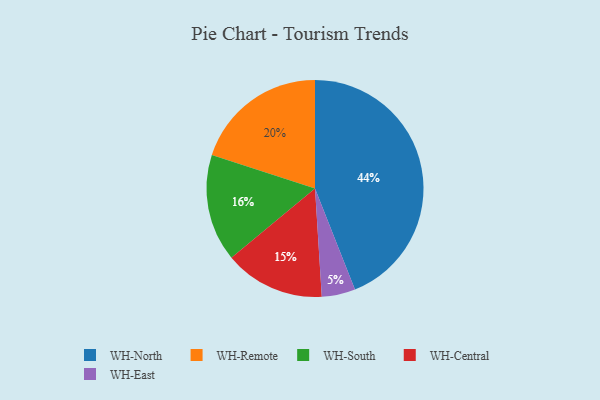
{"axis": {"x": "Category", "y": "Percentage"}, "legend": ["WH-Central", "WH-East", "WH-North", "WH-Remote", "WH-South"], "data": [{"x": "WH-Remote", "y": 20, "type": "WH-Remote"}, {"x": "WH-North", "y": 44, "type": "WH-North"}, {"x": "WH-South", "y": 16, "type": "WH-South"}, {"x": "WH-East", "y": 5, "type": "WH-East"}, {"x": "WH-Central", "y": 15, "type": "WH-Central"}]}